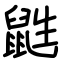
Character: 鼪